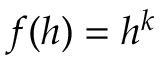
f ( h ) = h ^ { k }